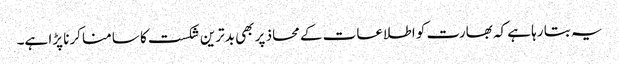
یہ بتا رہا ہے کہ بھارت کو اطلاعات کے محاذ پر بھی بدترین شکست کا سامنا کرنا پڑا ہے۔